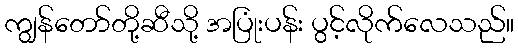
ကျွန်တော်တို့ဆီသို့ အပြုံးပန်း ပွင့်လိုက်လေသည်။